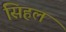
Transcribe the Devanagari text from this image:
सिहल